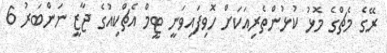
ރޭގެ މެޗްގެ މޮޅު ކުޅުންތެރިއަކަށް ހޮވިފައިވަނީ ޓީމް އެޗްކިއުގެ ޖާޒީ ނަންބަރު 6